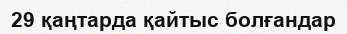
29 қаңтарда қайтыс болғандар